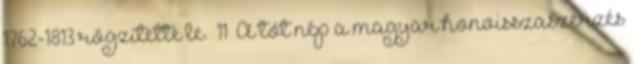
1762-1813 rögzítette le.” 11 A tót nép a magyar honvisszaszerzés